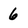
Character: 6